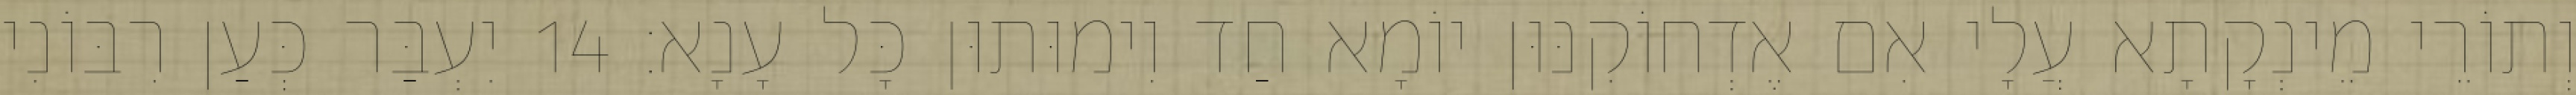
וְתוֹרֵי מֵינְקָתָא עֲלָי אִם אֶדְחוֹקִנּוּן יוֹמָא חַד וִימוּתוּן כָּל עָנָא׃ 14 יִעְבַּר כְּעַן רִבּוֹנִי